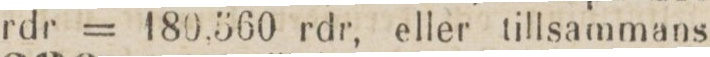
rdr = 180.560 rdr, eller tillsammans